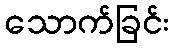
သောက်ခြင်း